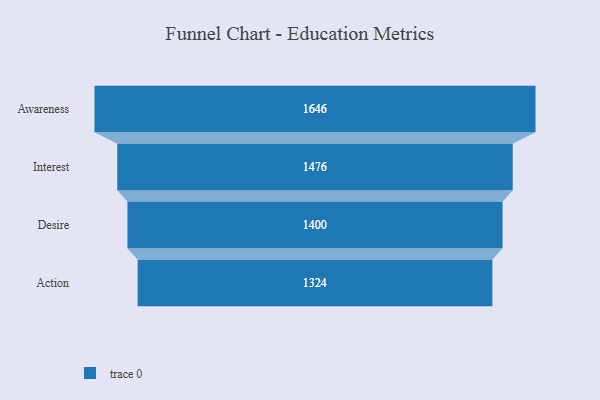
{"axis": {"x": "Stage", "y": "Value"}, "legend": [""], "data": [{"x": "Awareness", "y": 1646.0, "type": ""}, {"x": "Interest", "y": 1476.0, "type": ""}, {"x": "Desire", "y": 1400.0, "type": ""}, {"x": "Action", "y": 1324.0, "type": ""}]}